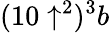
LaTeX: (10\uparrow^{2})^{3}b